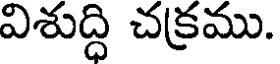
విశుద్ధి చక్రము.